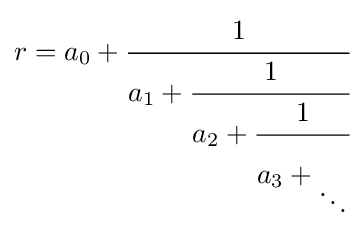
r=a_{0}+{\cfrac {1}{a_{1}+{\cfrac {1}{a_{2}+{\cfrac {1}{a_{3}+{\vphantom {\cfrac {1}{1}}}{_{\ddots }}}}}}}}